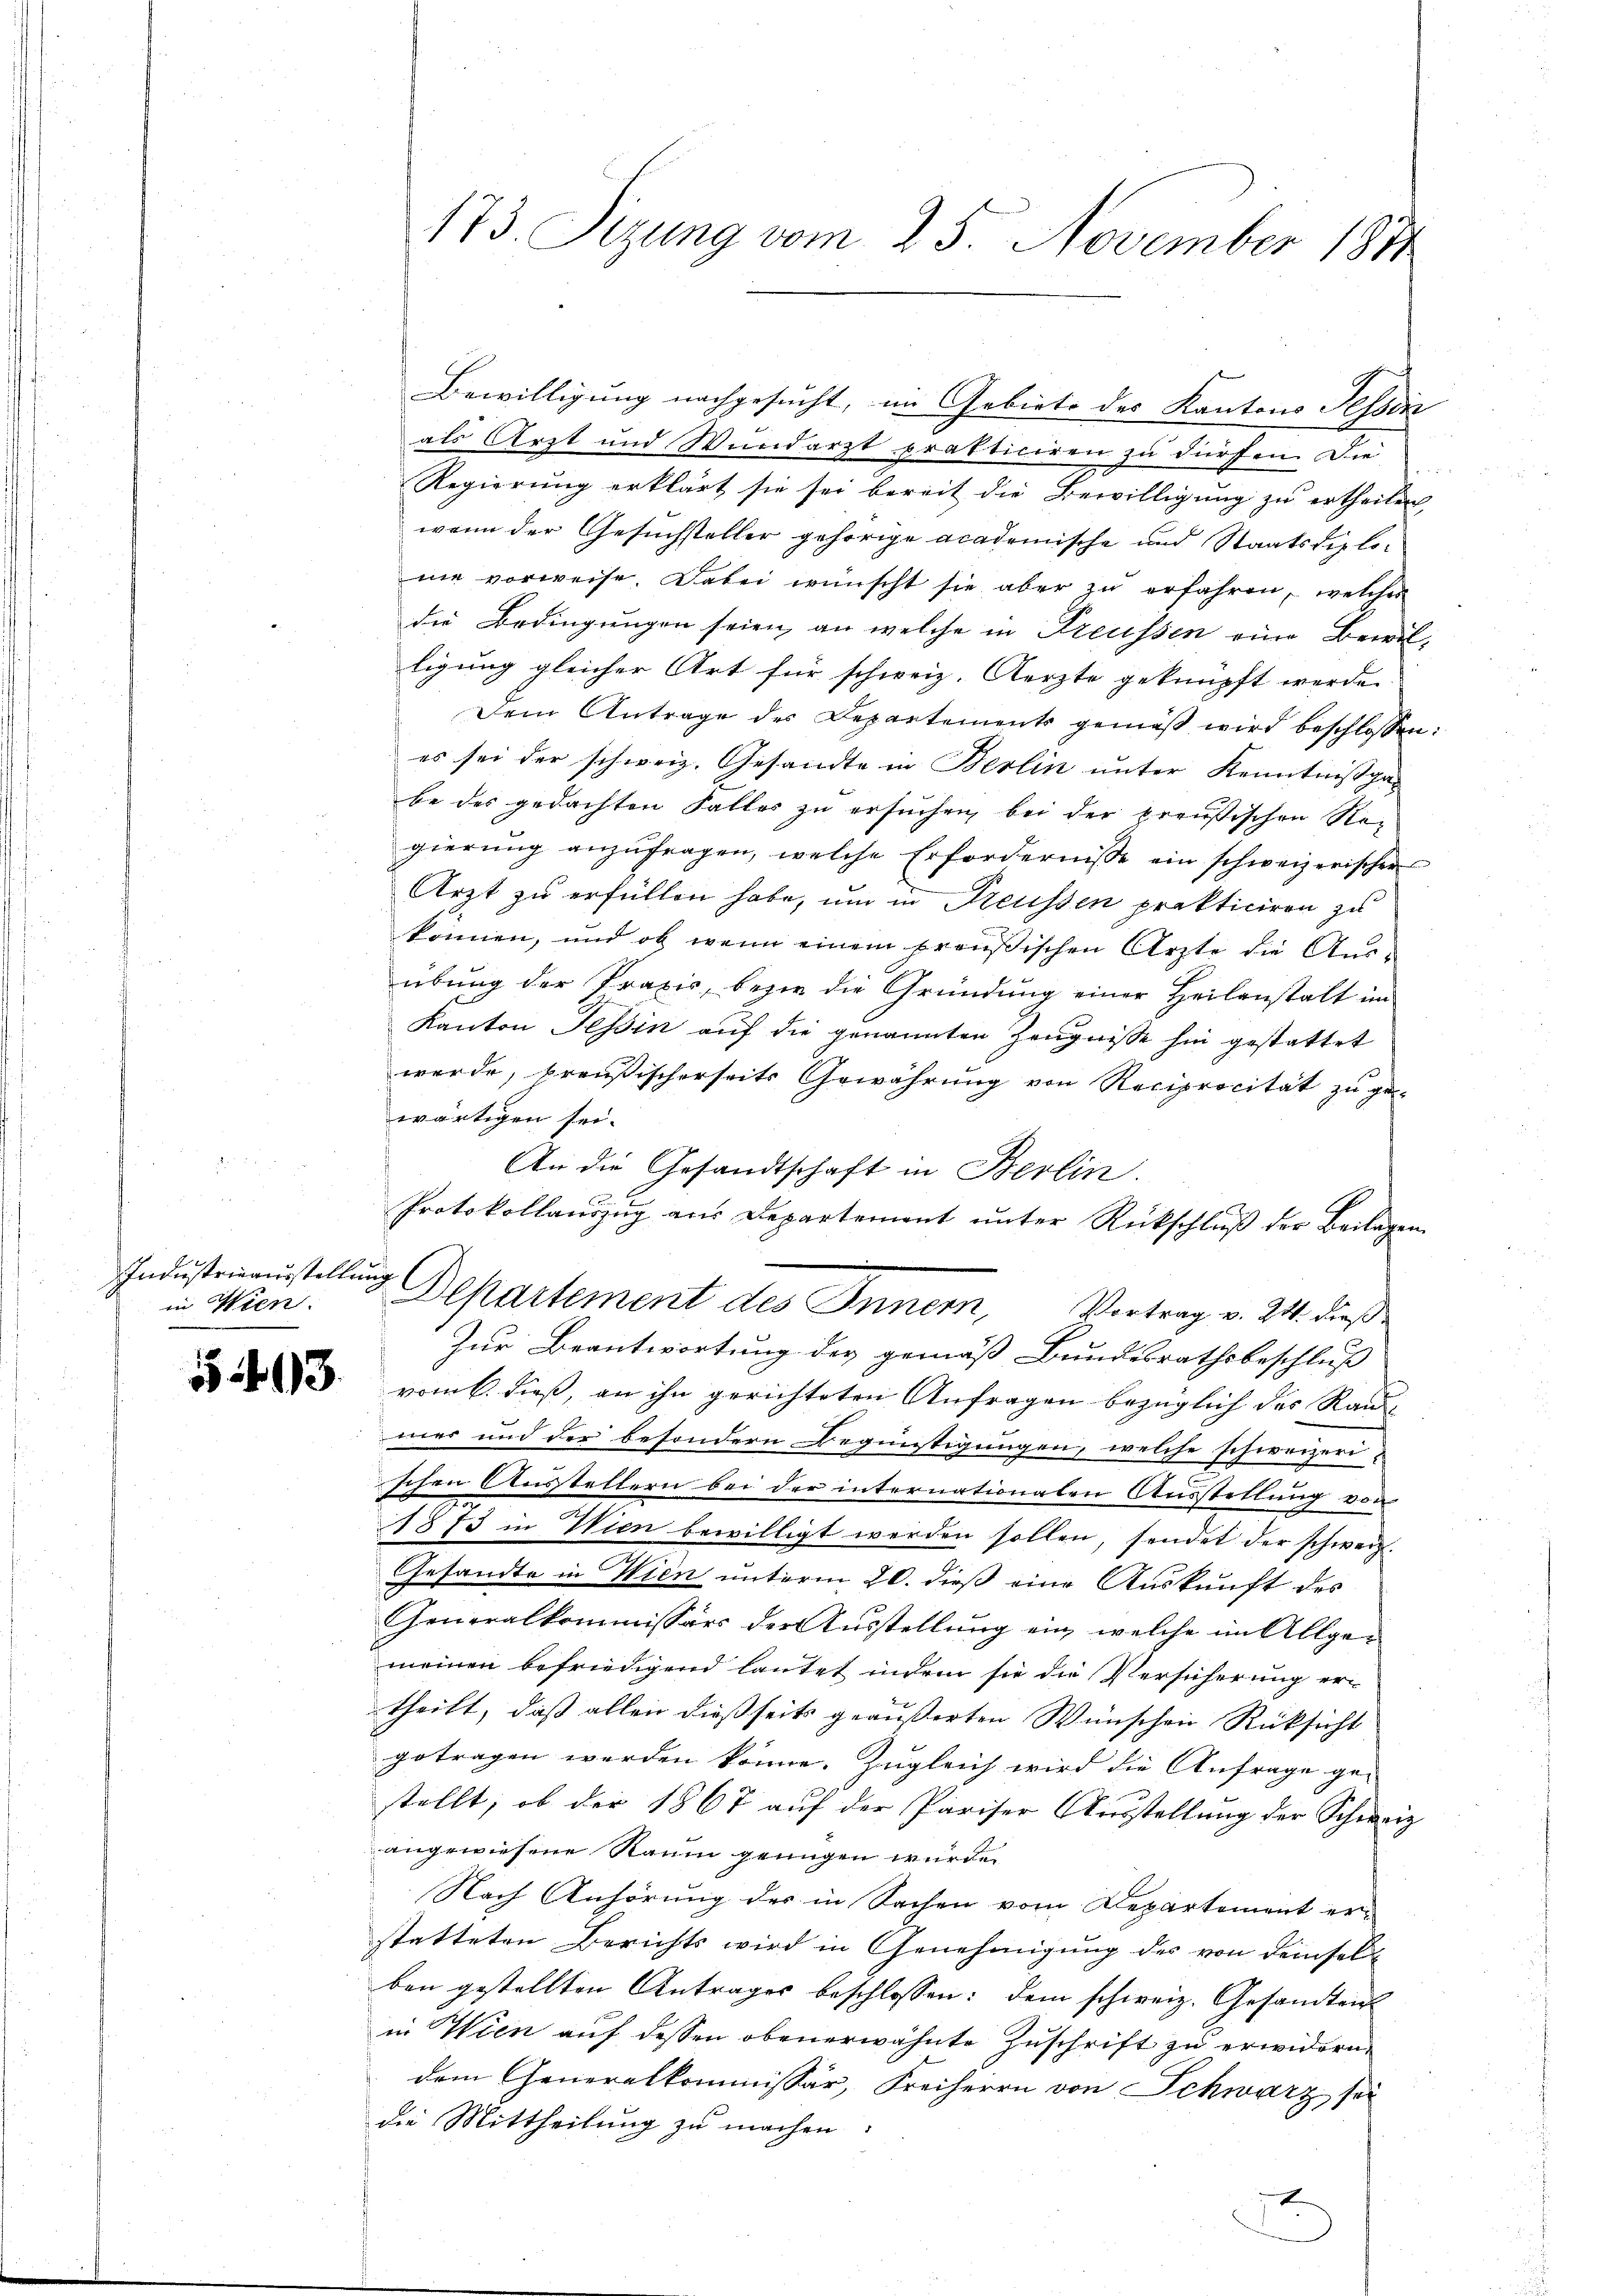
Industrieausstellung
in Wien.

543.

Bewilligung nachgesucht, im Gebiete der Kantons Tessin
als Arzt und Wundarzt prakticiren zu dürfen. Die
Regierung erklärt sie sei bereit die Bewilligung zu ertheilen,
wenn der Gesuchsteller gehörige academische und Staatsdiplone vorweise. Dabei wünscht sie aber zu erfahren, welcher
die Bedingungen seien, an welche in Preussen eine Bewilligung gleicher Art für schweiz. Aerzte geknüpft werde.
Dem Antrage des Departements gemäβ wird beschlossen:
es sei der schweiz. Gesandte in Berlin unter Kenntnißga-
be des gedachten Falles zu ersuchen, bei der preußischen Re-
gierŭng anzŭfragen, welche Erfordernisse ein schweizerischen
Arzt zu erfüllen habe, um in Freussen prakticiren zu
können, und ob wenn einem preußischen Ärzte die Aŭs-
übung der Praxis, bezir die Gründung einer Heilanstalt im
Kanton Tessin auf die genannten Zeugnisse hin gestattet
werde, preußischerseits Gewährŭng von Reciprocität zu ge-
wärtigen sei.
An die Gesandtschaft in Berlin.
Protokollaŭszŭg aŭs Departement ŭnter Rückschlŭβ der Beilagen
Departement des Innern, Vortrag v. 24. dieß
Zur Beantwortung der gemäß Bundesrathsbeschluß
vom 6. dieß, an ihn gerichteten Anfragen bezüglich des Raumer und der besondern Begünstigungen, welche schweizeri-
schen Ausstellern bei der internationaten Ausstellung von
1873 in Wien bewilligt werden sollen, sendet der schweiz.
Gesandte in Wien unterm 20. dieß eine Auskunft des
Generalkommissärs der Ausstellung ein, welche im Allgemeinen befriedigend lautet indem sie die Versicherung ertheilt, daß allen dießseits geäußerten Wünschen Rüksicht
getragen werden könne. Zugleich wird die Anfrage ge-
stellt; ob der 1867 auf der Pariser Ausstellung der Schweiz
angewiesene Raum genügen wurde.
Nach Anhörung der in Sachen vom Departement erstatteten Berichts wird in Genehmigung des von demselben gestellten Antrages beschlossen: dem schweiz. Gesandten
in Wien auf dessen obenerwähnte Zuschrift zu erwidern.
dem Generalkommissär, Freiherrn von Schwarz sei
die Mittheilung zu machen:

173. Sizung vom 25. November 1871